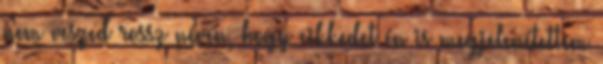
nem veszed rossz néven, hogy cikkedet én is megjelenítettem